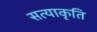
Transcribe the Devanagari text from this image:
सत्याकृति